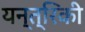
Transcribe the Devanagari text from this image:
यन्त्रिकी